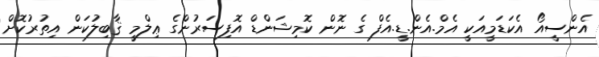
އެންސީއޯ އެކަޑަމީއަކީ އެމް.އެން.ޑީ.އެފް ގެ ނޮން ކޮމިޝަންޑް އޮފިސަރުންގެ ޢިލްމީ ޤާބިލުކަން އިތުރުކޮށް